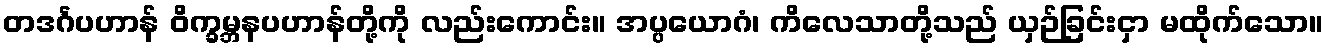
တဒင်္ဂပဟာန် ဝိက္ခမ္ဘနပဟာန်တို့ကို လည်းကောင်း။ အပ္ပယောဂံ၊ ကိလေသာတို့သည် ယှဉ်ခြင်းငှာ မထိုက်သော။